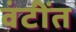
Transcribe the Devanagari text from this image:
वंटींत